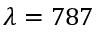
\lambda = 7 8 7